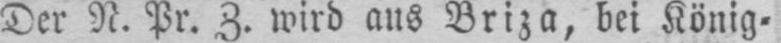
Der R. Pr. Z. wird aus Briza, bei König⸗